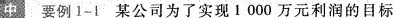
中 要例1-1某公司为了实现1000万元利润的目标